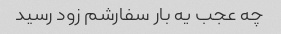
چه عجب یه بار سفارشم زود رسید